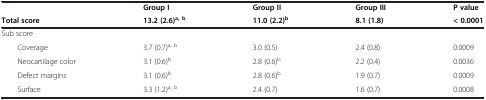
<table><thead><tr><td><b> </b></td><td><b>Group I</b></td><td><b>Group II</b></td><td><b>Group III</b></td><td><b>P value</b></td></tr><tr><td><b>Total score</b></td><td><b>13.2 (2.6)<sup>a, b</sup></b></td><td><b>11.0 (2.2)<sup>b</sup></b></td><td><b>8.1 (1.8)</b></td><td><b>&lt; 0.0001</b></td></tr></thead><tbody><tr><td>Sub score</td><td> </td><td> </td><td> </td><td> </td></tr><tr><td>Coverage</td><td>3.7 (0.7)<sup>a, b</sup></td><td>3.0 (0.5)</td><td>2.4 (0.8)</td><td>0.0009</td></tr><tr><td>Neocartilage color</td><td>3.1 (0.6)<sup>b</sup></td><td>2.8 (0.6)<sup>b</sup></td><td>2.2 (0.4)</td><td>0.0036</td></tr><tr><td>Defect margins</td><td>3.1 (0.6)<sup>b</sup></td><td>2.8 (0.6)<sup>b</sup></td><td>1.9 (0.7)</td><td>0.0009</td></tr><tr><td>Surface</td><td>3.3 (1.2)<sup>a, b</sup></td><td>2.4 (0.7)</td><td>1.6 (0.7)</td><td>0.0008</td></tr></tbody></table>